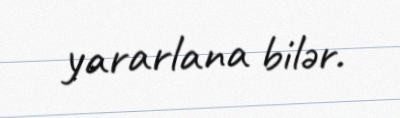
yararlana bilər.